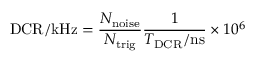
\mathrm { D C R / k H z } = \frac { N _ { \mathrm { n o i s e } } } { N _ { \mathrm { t r i g } } } \frac { 1 } { T _ { \mathrm { D C R } } / \mathrm { n s } } \times 1 0 ^ { 6 }